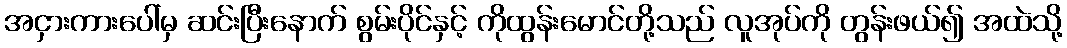
အငှားကားပေါ်မှ ဆင်းပြီးနောက် စွမ်းပိုင်နှင့် ကိုထွန်းမောင်တို့သည် လူအုပ်ကို တွန်းဖယ်၍ အထဲသို့